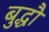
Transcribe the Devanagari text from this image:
बुद्धौ